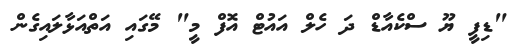
"ޑިފީ ޔޫ ސްކެއާޑް ދަ ހެލް އައުޓް އޮފް މީ" މޭގައި އަތްއަޅާލައިގެން